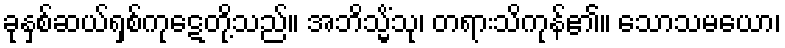
ခုနှစ်ဆယ်ရှစ်ကုဋေတို့သည်။ အဘိသ္မိံသု၊ တရားသိကုန်၏။ သောသမယော၊